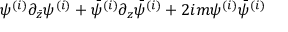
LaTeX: \psi ^ { ( i ) } \partial _ { \bar { z } } \psi ^ { ( i ) } + \bar { \psi } ^ { ( i ) } \partial _ { z } \bar { \psi } ^ { ( i ) } + 2 i m \psi ^ { ( i ) } \bar { \psi } ^ { ( i ) }